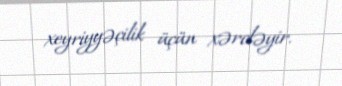
xeyriyyəçilik üçün xərcləyir.